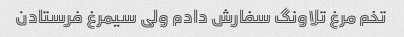
تخم مرغ تلاونگ سفارش دادم ولی سیمرغ فرستادن